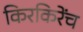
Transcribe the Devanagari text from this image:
किरकिरेंच